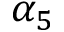
\alpha _ { 5 }